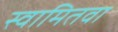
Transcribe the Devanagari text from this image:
स्वामितवा